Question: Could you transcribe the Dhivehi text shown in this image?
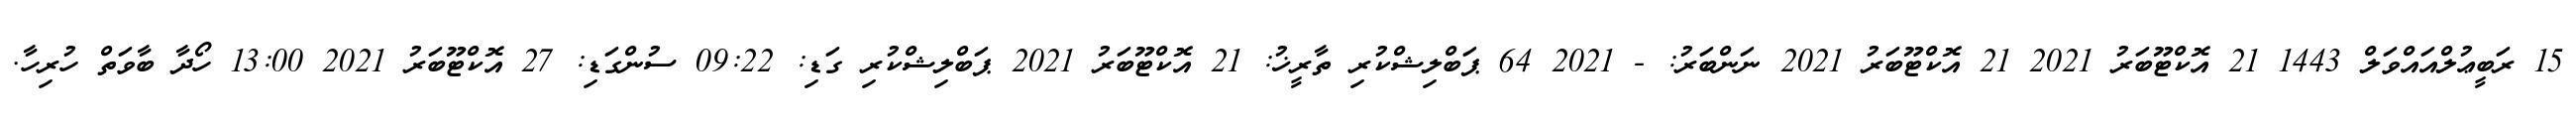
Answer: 15 ރަބީޢުލްއައްވަލް 1443 21 އޮކްޓޫބަރު 2021 21 އޮކްޓޫބަރު 2021 ނަންބަރު: - 2021 64 ޕަބްލިޝްކުރި ތާރީޚު: 21 އޮކްޓޫބަރު 2021 ޕަބްލިޝްކުރި ގަޑި: 09:22 ސުންގަޑި: 27 އޮކްޓޫބަރު 2021 13:00 ހޯދާ ބާވަތް ހުރިހާ.